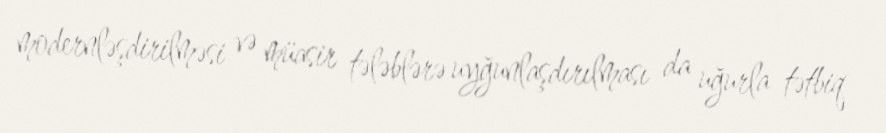
modernləşdirilməsi və müasir tələblərə uyğunlaşdırılması da uğurla tətbiq